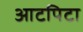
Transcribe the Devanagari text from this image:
आटपिटा